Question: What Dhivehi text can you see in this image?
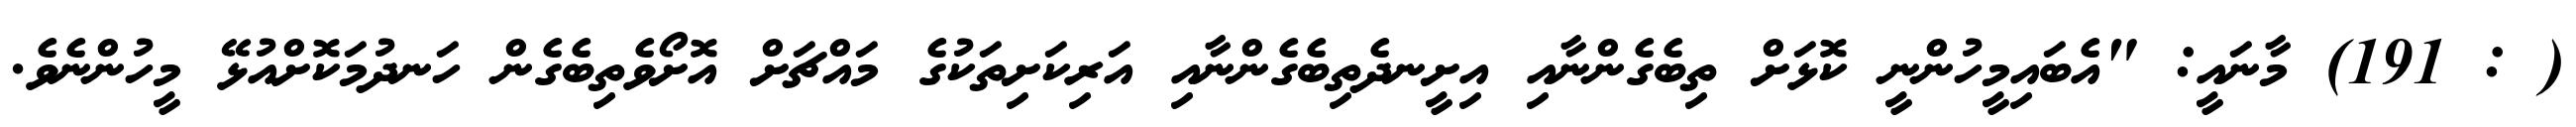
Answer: ( : 191) މާނައީ: "އެބައިމީހުންނީ ކޮޅަށް ތިބެގެންނާއި އިށީނދެތިބެގެންނާއި އަރިކަށިތަކުގެ މައްޗަށް އޮށޯވެތިބެގެން ހަނދުމަކޮށްއުޅޭ މީހުންނެވެ.